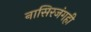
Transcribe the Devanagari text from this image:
नासिरजंगही